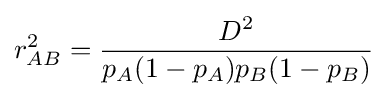
r_{AB}^{2}={\frac {D^{2}}{p_{A}(1-p_{A})p_{B}(1-p_{B})}}